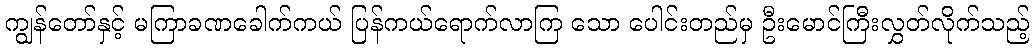
ကျွန်တော်နှင့် မကြာခဏခေါက်ကယ် ပြန်ကယ်ရောက်လာကြ သော ပေါင်းတည်မှ ဦးမောင်ကြီးလွှတ်လိုက်သည့်